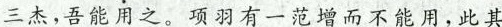
三杰，吾能用之。项羽有一范增而不能用，此其